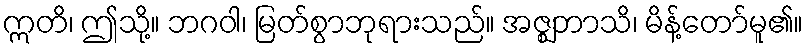
ဣတိ၊ ဤသို့။ ဘဂဝါ၊ မြတ်စွာဘုရားသည်။ အဇ္ဈဘာသိ၊ မိန့်တော်မူ၏။